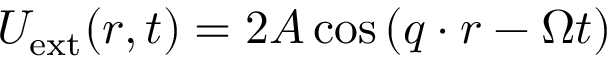
U _ { \mathrm { e x t } } ( \boldsymbol { r } , t ) = 2 A \cos { ( \boldsymbol { q } \cdot \boldsymbol { r } - \Omega { t } ) }